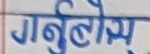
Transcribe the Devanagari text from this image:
गर्नुहोस्